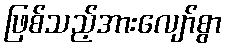
ဖြစ်သည့်အားလျော်စွာ